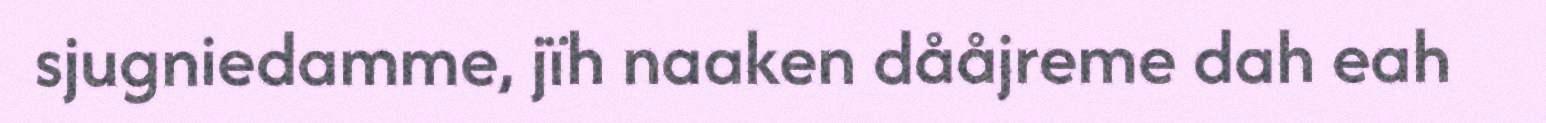
sjugniedamme, jïh naaken dååjreme dah eah